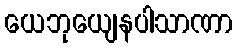
ယေဘုယျေနပါသာဏာ